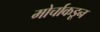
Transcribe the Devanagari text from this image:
मोर्चाकडून